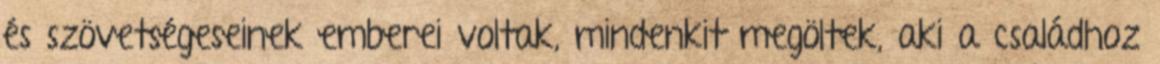
és szövetségeseinek emberei voltak, mindenkit megöltek, aki a családhoz